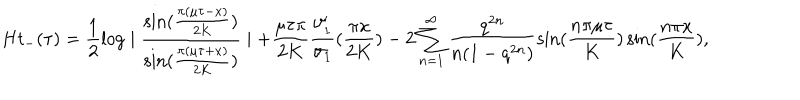
LaTeX: H t _ { - } ( \tau ) = \frac { 1 } { 2 } \log \mid \frac { \sin ( \frac { \pi ( \mu \tau - x ) } { 2 K } ) } { \sin ( \frac { \pi ( \mu \tau + x ) } { 2 K } ) } \mid + \frac { \mu \tau \pi } { 2 K } \frac { \vartheta _ { 1 } ^ { \prime } } { \vartheta _ { 1 } } ( \frac { \pi x } { 2 K } ) - 2 \sum _ { n = 1 } ^ { \infty } \frac { q ^ { 2 n } } { n ( 1 - q ^ { 2 n } ) } \sin ( \frac { n \pi \mu \tau } { K } ) \sin ( \frac { n \pi x } { K } ) ,